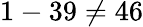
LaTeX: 1-39\neq 46